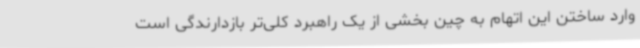
وارد ساختن این اتهام به چین بخشی از یک راهبرد کلی‌تر بازدارندگی است